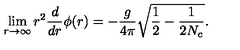
\lim _ { r \to \infty } r ^ { 2 } \frac { d } { d r } \phi ( r ) = - \frac { g } { 4 \pi } \sqrt { \frac { 1 } { 2 } - \frac { 1 } { 2 N _ { c } } } .